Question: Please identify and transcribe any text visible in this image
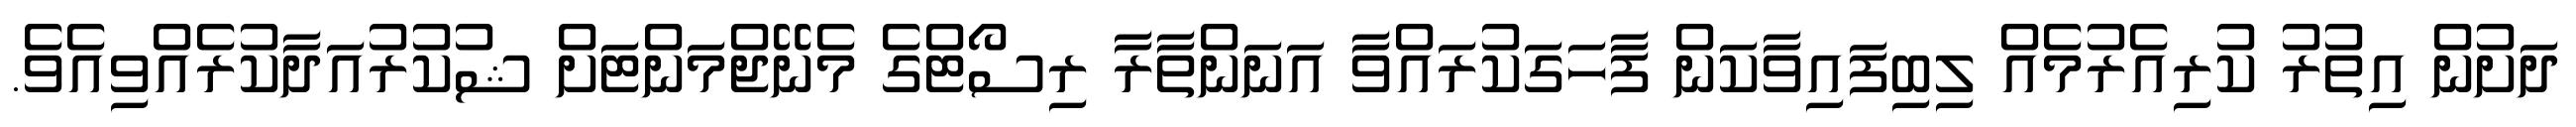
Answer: ދަށުން އިތުރު ކުރިއެރުމެއް ލިބިފައިވާކަން ފާހަގަކުރައްވާ އަނަންތާރާ ރިސޯޓްގެ މެނޭޖްމަންޓަށް ޝުކުރުއަދާކުރެއްވިއެވެ.